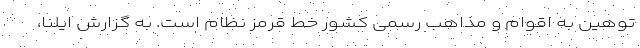
توهین به اقوام و مذاهب رسمی کشور خط قرمز نظام است. به گزارش ایلنا،